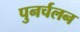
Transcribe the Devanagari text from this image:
पुनर्चलन